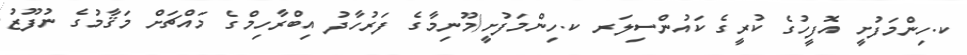
ކ.ހިންމަފުށީ އޮފީހުގެ ކުރީގެ ކައުންސިލަރ ކ.ހިންމަފުށީ/މޫނިމާގެ ފަރުހާދު އިބްރާހިމްގެ މައްޗަށް މަޤާމުގެ ނުފޫޒު